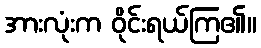
အားလုံးက ဝိုင်းရယ်ကြ၏။